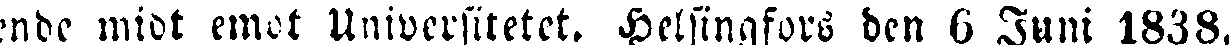
ende midt emot Universitetet. Helsingfors den 6 Juni 1838.